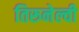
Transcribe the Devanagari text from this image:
तिरूनेल्वी